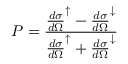
P = \frac { { \frac { d \sigma } { d \Omega } } ^ { \uparrow } - { \frac { d \sigma } { d \Omega } } ^ { \downarrow } } { { \frac { d \sigma } { d \Omega } } ^ { \uparrow } + { \frac { d \sigma } { d \Omega } } ^ { \downarrow } }